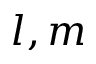
l , m